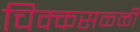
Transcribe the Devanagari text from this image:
चिक्कसळ्ळी